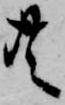
共